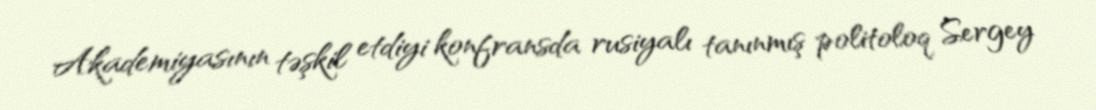
Akademiyasının təşkil etdiyi konfransda rusiyalı tanınmış politoloq Sergey